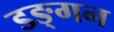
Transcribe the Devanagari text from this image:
डङ्गन